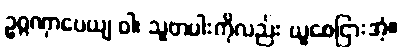
ဥဂ္ဂဏှာပေယျ ဝါ၊ သူတပါးကိုလည်း ယူစေငြားအံ့။